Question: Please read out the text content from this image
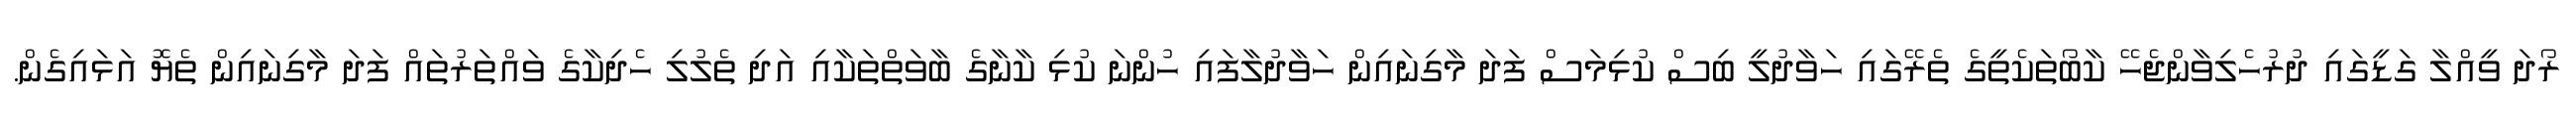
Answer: ރޯދަ ވީއްލާ ގަޑީގައި ދުރުހެލިވާންޖެހޭ ކާބޯތަކެތީގެ ތެރޭގައި ހަވާދުލީ ބިސް ކުޅިމަސް ފަދަ މާގިނައިން ހަވާދުލާފައި ހުންނަ ކުޅި ކާނާގެ ބާވަތްތަކާއި އަދި ތެލުލި ހެދިކާގެ ވައްތަރުތައް ފަދަ މާގިނައިން ތެޔޮ އަޅައިގެން.